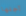
أجلها